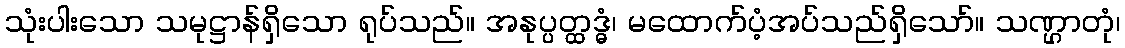
သုံးပါးသော သမုဋ္ဌာန်ရှိသော ရုပ်သည်။ အနုပ္ပတ္ထဒ္ဓံ၊ မထောက်ပံ့အပ်သည်ရှိသော်။ သဏ္ဌာတုံ၊